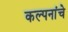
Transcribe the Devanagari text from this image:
कल्‍पनांचे